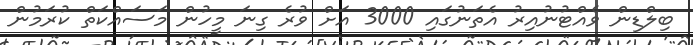
ބިލްޑިން ވެއްޓުނުއިރު އެތަނުގައި 3000 އަށް ވުރެ ގިނަ މީހުން މަސައްކަތް ކުރަމުން